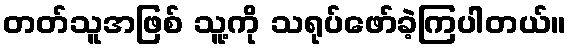
တတ်သူအဖြစ် သူ့ကို သရုပ်ဖော်ခဲ့ကြပါတယ်။